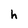
Character: h